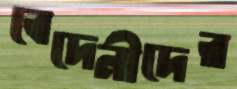
বেদেনীদের